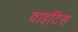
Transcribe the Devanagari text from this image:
वाइटिस